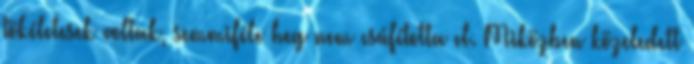
tökéletesek voltak, semmiféle heg nem csúfította el. Miközben közeledett